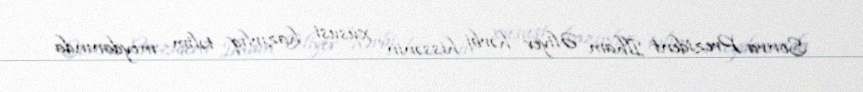
Sonra Prezident İlham Əliyev hərbi hissənin xüsusi hazırlıq təlim meydanında